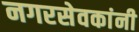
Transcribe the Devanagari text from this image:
नगरसेवकांनी